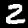
Digit: 2